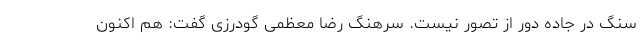
سنگ در جاده دور از تصور نیست. سرهنگ رضا معظمی گودرزی گفت: هم اکنون